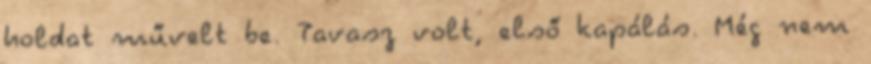
holdat művelt be. Tavasz volt, első kapálás. Még nem